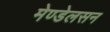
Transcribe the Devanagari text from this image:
मेण्डेलसन